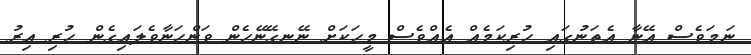
ނަމަވެސް އޭނާ އެތަނުގައި ހުރިކަމެއް އެއްވެސް މީހަކަށް ނޭނގޭނޭހެން ވަންހަނާވެލައިގެން ހުރި އިރު